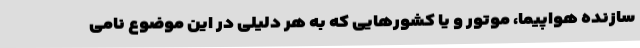
سازنده هواپیما، موتور و یا کشورهایی که به هر دلیلی در این موضوع نامی